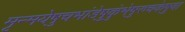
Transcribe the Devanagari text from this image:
मृन्मयेषुचभांडेषुकुंभेषुरुचकेषुवा